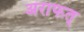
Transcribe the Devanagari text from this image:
अराफत्